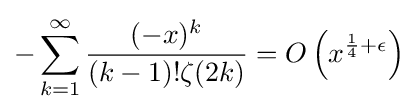
-\sum _{k=1}^{\infty }{\frac {(-x)^{k}}{(k-1)!\zeta (2k)}}=O\left(x^{{\frac {1}{4}}+\epsilon }\right)